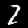
Label: 2